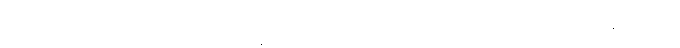
အကျိုးကို ယုံကြည်၍။ အဂါရသ္မာ၊ အိမ်ရာထောင်သော လူ၏ဘောင်မှ။ အနဂါရိယံ၊